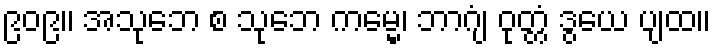
၉၀၉။ အသုဘေ စ သုဘေ ကမ္မေ၊ ဘာဂျံ ဝုတ္တံ ဒွယေ ပျထ။